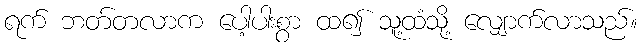
ရက် ဘတ်တလာက ပေါ့ပါးစွာ ထ၍ သူ့ထံသို့ လျှောက်လာသည်။